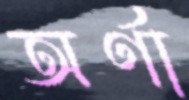
অর্ণা